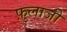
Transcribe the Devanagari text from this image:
फ़ुलाजी